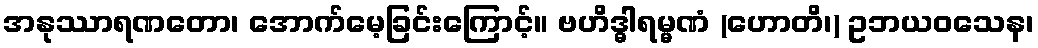
အနုဿာရဏတော၊ အောက်မေ့ခြင်းကြောင့်။ ဗဟိဒ္ဓါရမ္မဏံ (ဟောတိ၊) ဥဘယဝသေန၊